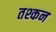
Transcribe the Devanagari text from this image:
तश्कन